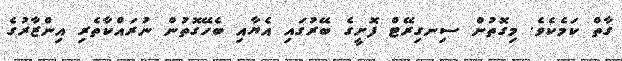
ގާތް ކަމެކެވެ. މިގޮތުން ސިނގިރޭޓް ފޮށީގެ ބޭރުގައި އެޔާއި ބެހޭގޮތުން ނުރައްކާތެރި އިންޒާރުގެ